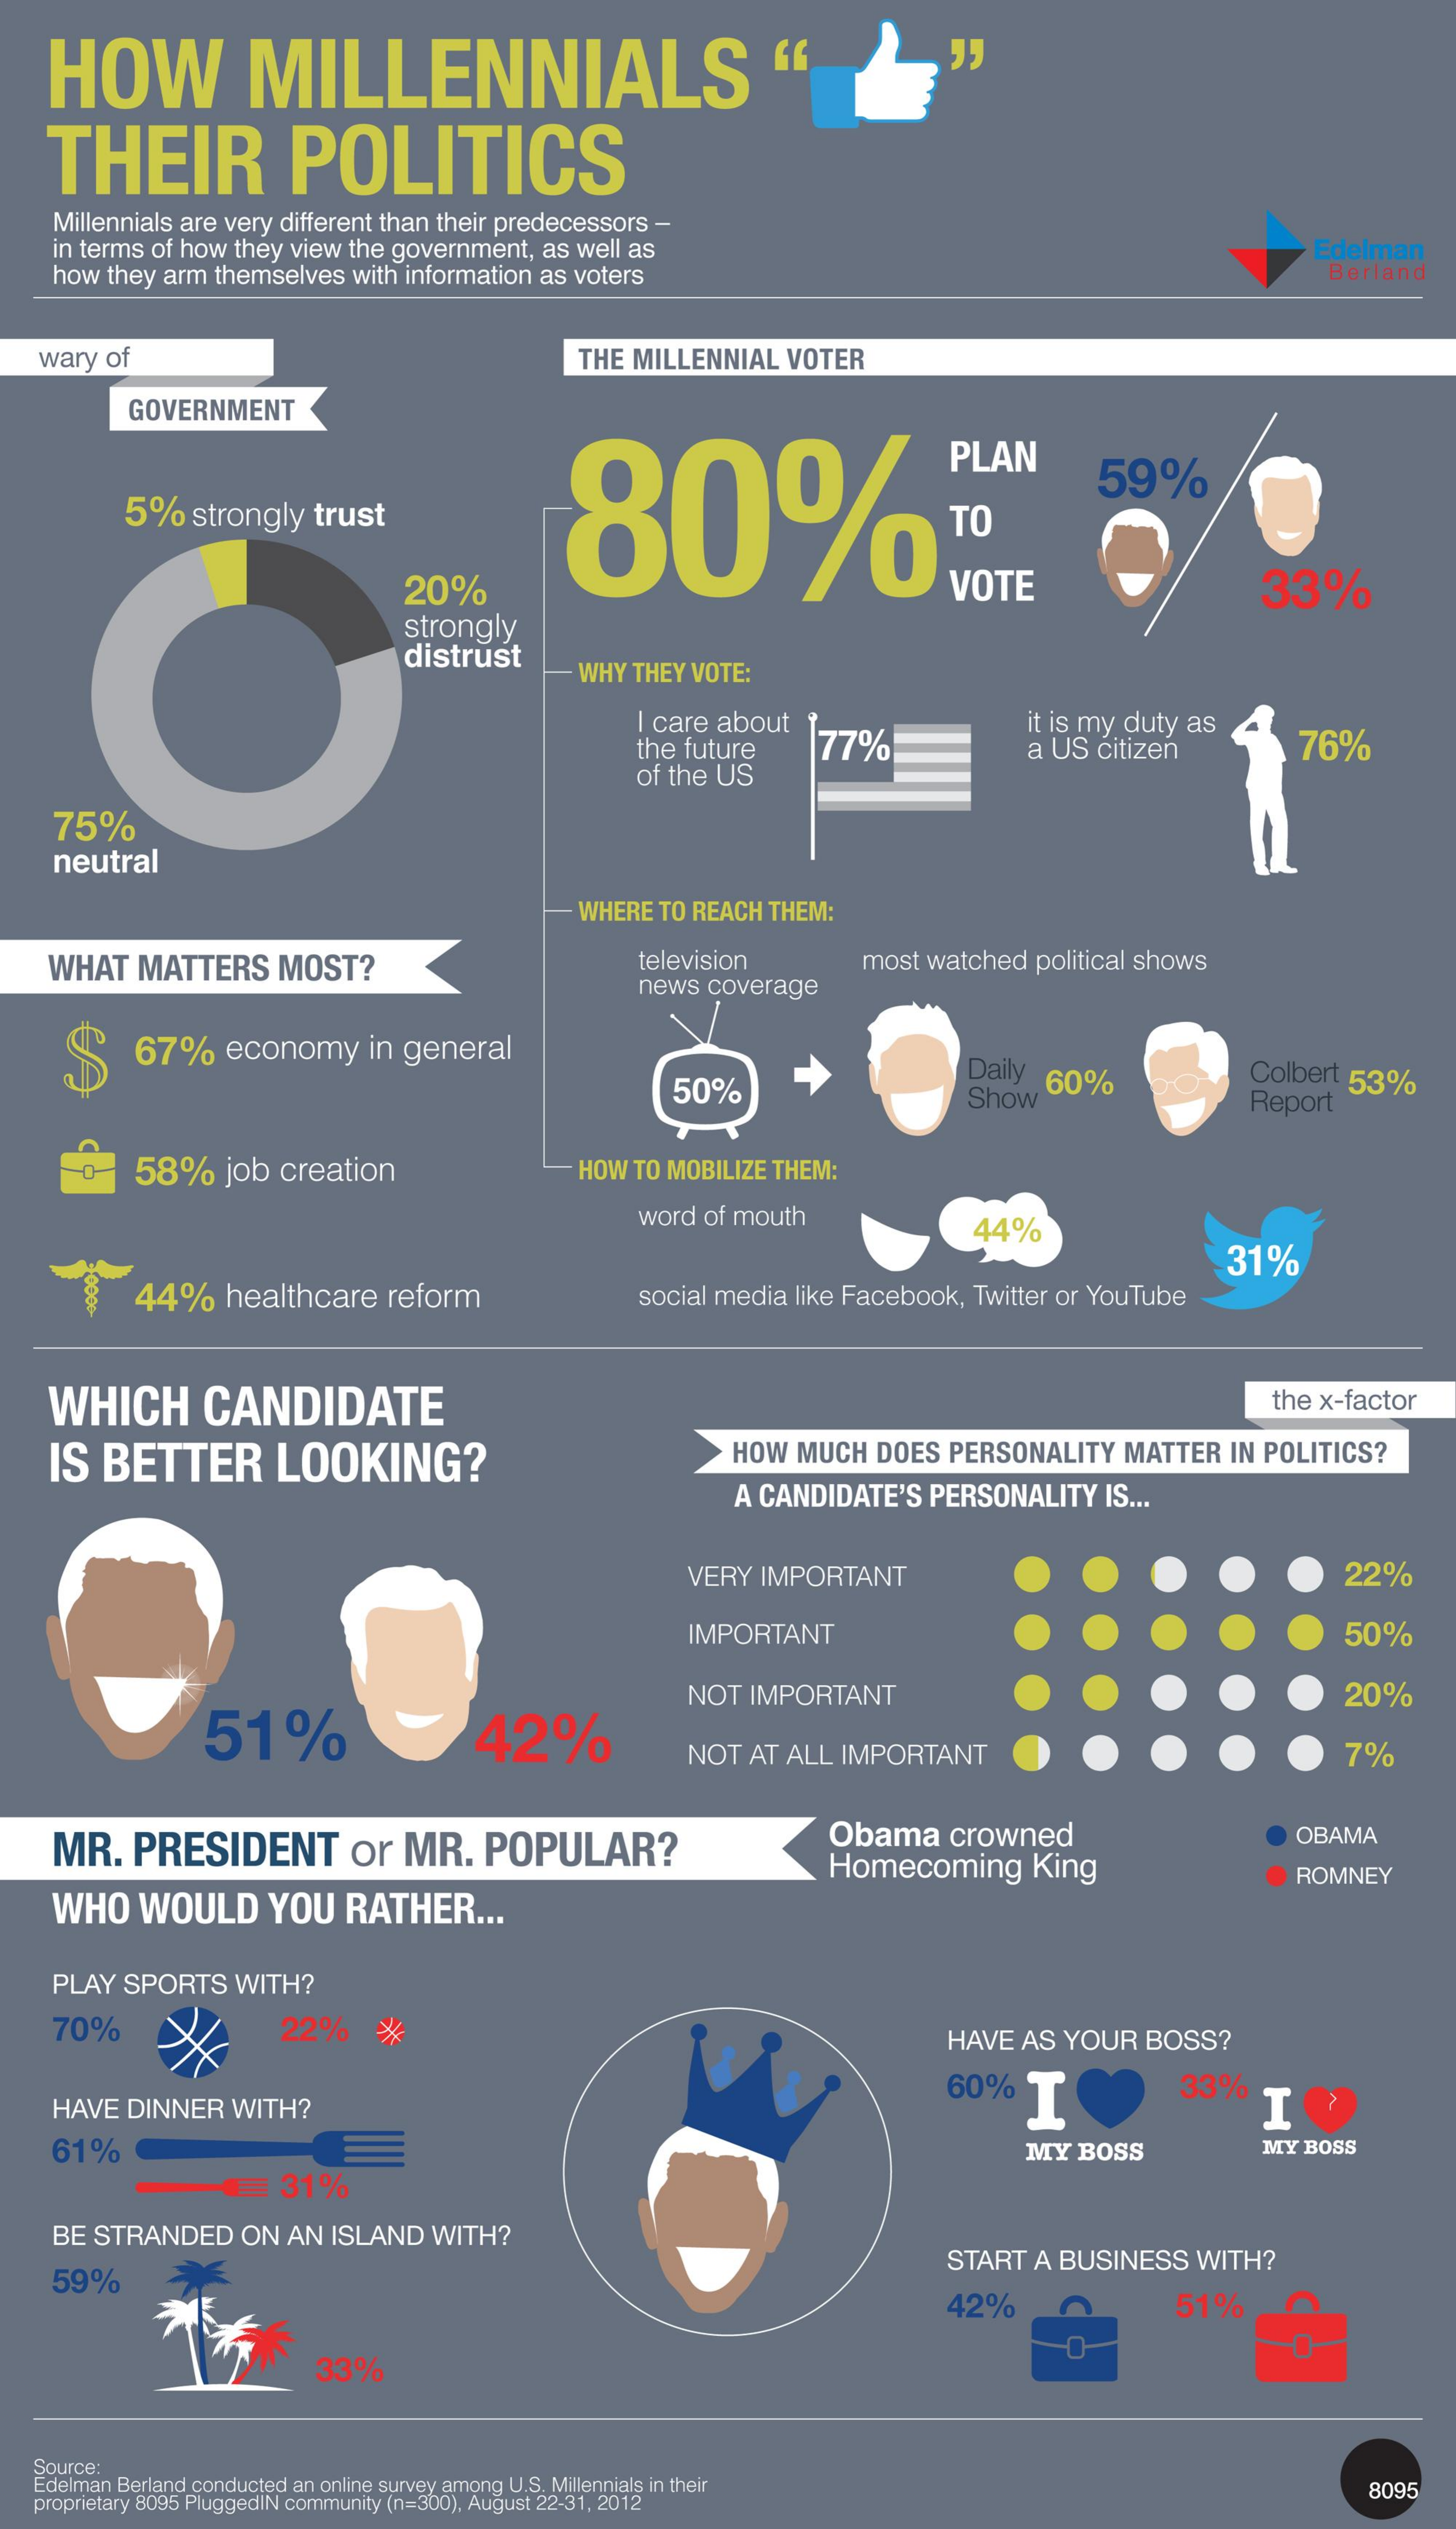
HOW    MILLENNIALS
     THEIR    POLITICS
     Millennials are very different than their predecessors   -
     in terms of how they view  the government,   as well as
     how  they arm  themselves   with information  as voters
     Edelman
     Berland
    wary  of    THE MILLENNIAL    VOTER
     GOVERNMENT
     80%TO
     PLAN
     5%    strongly    trust
     59%
     20%    VOTE    33%
     strongly
     distrust
     WHY  THEY VOTE:
     I care  about    it is my duty  as
     the future    77%    a US  citizen    76%
     of the  US
     75%
     neutral
     WHERE  TO REACH   THEM:
     WHAT    MATTERS    MOST?    television
     news   coverage
     most  watched    political shows
     $    67%    economy    in general
     50%
     Daily
     Show
     60%    Colbert  53%
     Report
     58%    job  creation    HOW  TO MOBILIZE  THEM:
     word of mouth    44%
     44%    healthcare    reform
     31%
     social media  like Facebook,   Twitter or YouTube
     WHICH    CANDIDATE    the x-factor
     IS  BETTER    LOOKING?    HOW   MUCH    DOES  PERSONALITY    MATTER    IN POLITICS?
     A CANDIDATE'S    PERSONALITY    IS ...
     VERY   IMPORTANT    22%
     IMPORTANT    50%
     51%    42%
     NOT   IMPORTANT    20%
     NOT   AT ALL  IMPORTANT    7%
     MR.    PRESIDENT    or   MR.    POPULAR?    Obama    crowned    OBAMA
     Homecoming    King
     WHO    WOULD    YOU    RATHER    ...
     ROMNEY
     PLAY   SPORTS    WITH?
     70%    22%    HAVE  AS  YOUR    BOSS?
     HAVE   DINNER    WITH?
     60%   I    33%
     I
     61%    MY   BOSS    MY  BOSS
     31%
     BE  STRANDED    ON  AN  ISLAND    WITH?
     59%
     START   A BUSINESS    WITH?
     42%    51%
     33%
   Source:
    Edelman Berland conducted an online survey among U.S. Millennials in their
    proprietary 8095 PluggedIN community (n=300), August 22-31, 2012
     8095